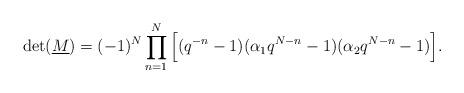
LaTeX: \begin{align*}\det (\underline{M})=(-1)^{N}\prod_{n=1}^{N}\Big[(q^{-n}-1)(\alpha_{1}q^{N-n}-1)(\alpha _{2}q^{N-n}-1)\Big].\end{align*}